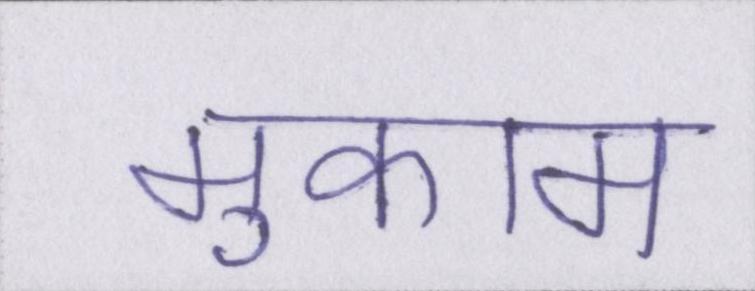
मुकाम